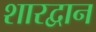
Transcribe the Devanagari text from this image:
शारद्वान